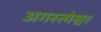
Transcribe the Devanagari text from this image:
अगस्त्येश्वर